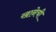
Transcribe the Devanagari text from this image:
खानेची